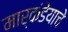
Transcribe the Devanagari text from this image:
मार्कंडेयाचे